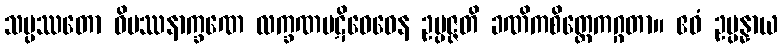
သမ္ပဿတော ဝိပဿနာက္ခဏေ လက္ခဏပဋိဝေဓေန ဥပ္ပဇ္ဇတိ ခဏိကစိတ္တေကဂ္ဂတာ။ ဧဝံ ဥပ္ပန္နာယ